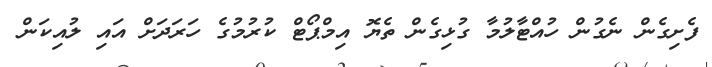
ފެށިގެން ނެގުން ހުއްޓާލުމާ ގުޅިގެން ތެޔޮ އިމްޕޯޓް ކުރުމުގެ ހަރަދަށް އައި ލުއިކަން